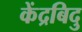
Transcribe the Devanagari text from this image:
केंद्रबिदु